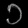
Digit: ၁